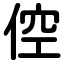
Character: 倥